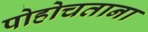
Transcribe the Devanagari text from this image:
पोहोचताना